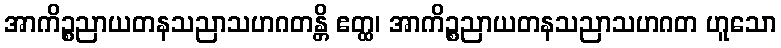
အာကိဉ္စညာယတနသညာသဟဂတန္တိ ဧတ္ထ၊ အာကိဉ္စညာယတနသညာသဟဂတ ဟူသော